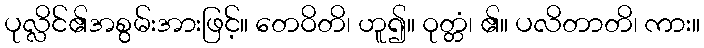
ပုလ္လိင်၏အစွမ်းအားဖြင့်။ တေဝိတိ၊ ဟူ၍။ ဝုတ္တံ၊ ၏။ ပလိတာတိ၊ ကား။